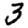
Digit: 3